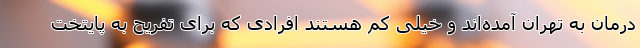
درمان به تهران آمده‌اند و خیلی کم هستند افرادی که برای تفریح به پایتخت